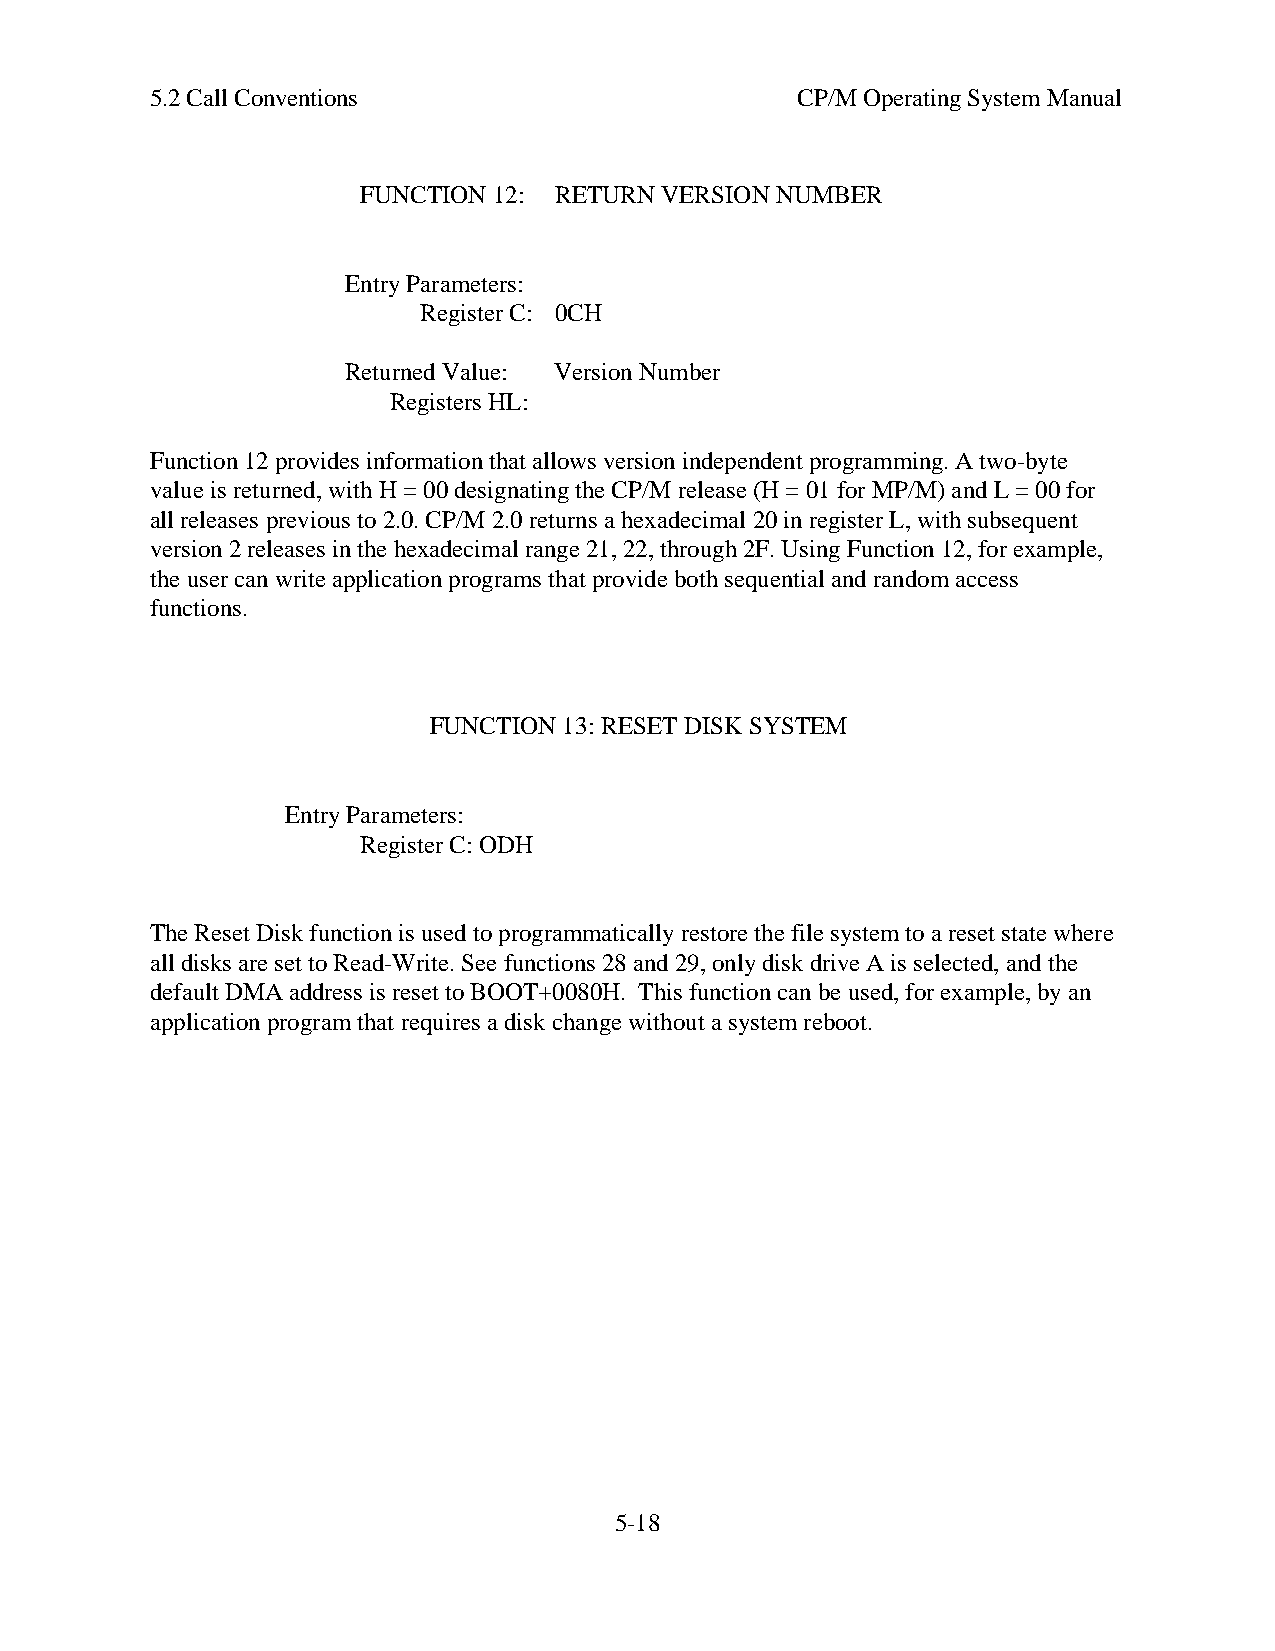
5.2 Call Conventions                       CP/M Operating System Manual
 FUNCTION 12: RETURN VERSION NUMBER
 Entry Parameters:
 Register C: 0CH
 Returned Value: Version Number
 Registers HL:
 Function 12 provides information that allows version independent programming. A two-byte
 value is returned, with H = 00 designating the CP/M release (H = 01 for MP/M) and L = 00 for
 all releases previous to 2.0. CP/M 2.0 returns a hexadecimal 20 in register L, with subsequent
 version 2 releases in the hexadecimal range 21, 22, through 2F. Using Function 12, for example,
 the user can write application programs that provide both sequential and random access
 functions.
 FUNCTION 13: RESET DISK SYSTEM
 Entry Parameters:
 Register C: ODH
 The Reset Disk function is used to programmatically restore the file system to a reset state where
 all disks are set to Read-Write. See functions 28 and 29, only disk drive A is selected, and the
 default DMA address is reset to BOOT+0080H. This function can be used, for example, by an
 application program that requires a disk change without a system reboot.
 5-18